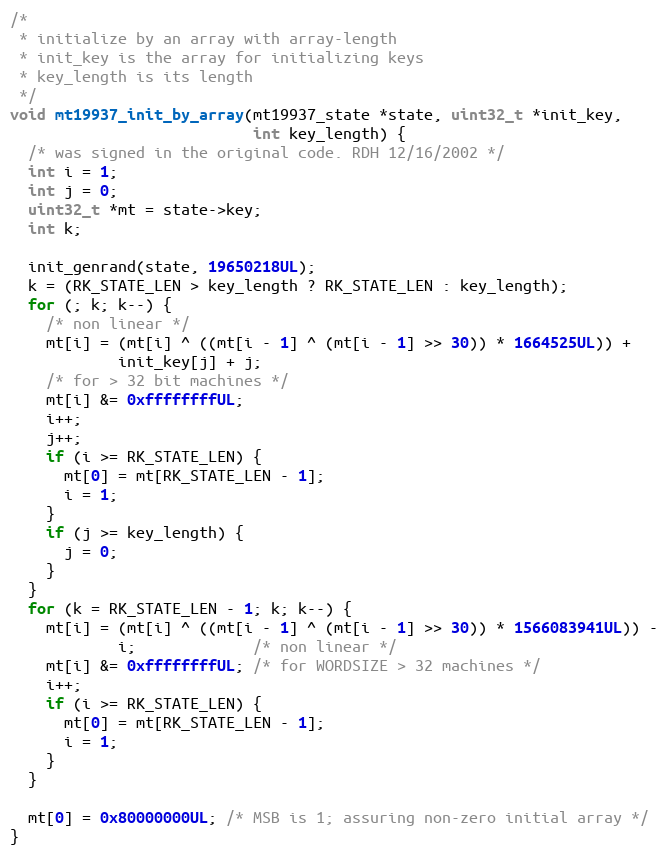
Language: C
/*
 * initialize by an array with array-length
 * init_key is the array for initializing keys
 * key_length is its length
 */
void mt19937_init_by_array(mt19937_state *state, uint32_t *init_key,
                           int key_length) {
  /* was signed in the original code. RDH 12/16/2002 */
  int i = 1;
  int j = 0;
  uint32_t *mt = state->key;
  int k;

  init_genrand(state, 19650218UL);
  k = (RK_STATE_LEN > key_length ? RK_STATE_LEN : key_length);
  for (; k; k--) {
    /* non linear */
    mt[i] = (mt[i] ^ ((mt[i - 1] ^ (mt[i - 1] >> 30)) * 1664525UL)) +
            init_key[j] + j;
    /* for > 32 bit machines */
    mt[i] &= 0xffffffffUL;
    i++;
    j++;
    if (i >= RK_STATE_LEN) {
      mt[0] = mt[RK_STATE_LEN - 1];
      i = 1;
    }
    if (j >= key_length) {
      j = 0;
    }
  }
  for (k = RK_STATE_LEN - 1; k; k--) {
    mt[i] = (mt[i] ^ ((mt[i - 1] ^ (mt[i - 1] >> 30)) * 1566083941UL)) -
            i;             /* non linear */
    mt[i] &= 0xffffffffUL; /* for WORDSIZE > 32 machines */
    i++;
    if (i >= RK_STATE_LEN) {
      mt[0] = mt[RK_STATE_LEN - 1];
      i = 1;
    }
  }

  mt[0] = 0x80000000UL; /* MSB is 1; assuring non-zero initial array */
}